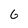
Character: 6